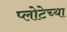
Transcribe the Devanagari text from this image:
प्लोटेच्या